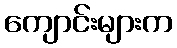
ကျောင်းများက